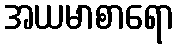
အယမာစာရော